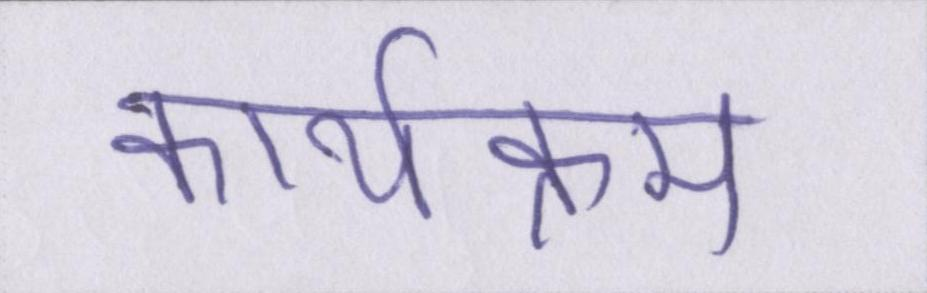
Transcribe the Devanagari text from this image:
कार्यक्रम